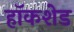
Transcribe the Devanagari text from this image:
हॉकशेड